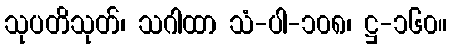
သုပတိသုတ်၊ သဂါထာ သံ-ပါ-၁၀၈၊ ဋ္ဌ-၁၆၀။